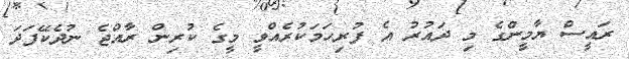
ރައީސް ޔާމީންގެ މި ދައުރު އެ ފުރިހަމަކުރެއްވީ މީގެ ކުރިން ރާއްޖެ ނުދެކޭފަދަ